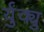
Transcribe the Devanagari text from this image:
र्युक्यु